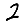
Digit: 2